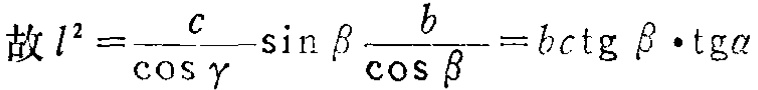
故 \(l^{2}=\frac{c}{\cos\gamma}\sin\beta\frac{b}{\cos\beta}=b c \operatorname{ctg}\beta\cdot\operatorname{tg}\alpha\)